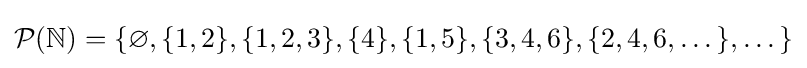
{\mathcal {P}}(\mathbb {N} )=\{\varnothing ,\{1,2\},\{1,2,3\},\{4\},\{1,5\},\{3,4,6\},\{2,4,6,\dots \},\dots \}